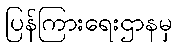
ပြန်ကြားရေးဌာနမှ